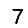
Digit: 7